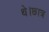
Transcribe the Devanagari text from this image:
थे।छात्र